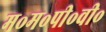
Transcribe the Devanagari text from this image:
म॰म॰पी॰वी॰